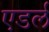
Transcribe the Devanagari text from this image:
एडर्ल